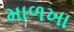
માળખા